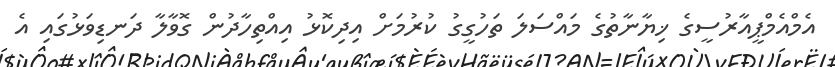
އެމްއެމްޕީއާރުސީގެ ޚިޔާނާތުގެ މައްސަލަ ތަހުގީގު ކުރުމަށް އިދިކޮޅު އިއްތިހާދުން ގޮވާލާ ދަނޑިވަޅުގައި އެ